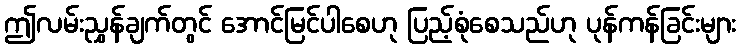
ဤလမ်းညွှန်ချက်တွင် အောင်မြင်ပါစေဟု ပြည့်စုံစေသည်ဟု ပုန်ကန်ခြင်းများ